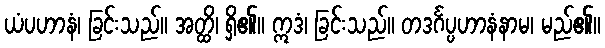
ယံပဟာနံ၊ ခြင်းသည်။ အတ္ထိ၊ ရှိ၏။ ဣဒံ၊ ခြင်းသည်။ တဒင်္ဂပ္ပဟာနံနာမ၊ မည်၏။